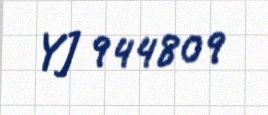
YJ 944809